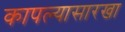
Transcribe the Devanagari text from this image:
कापल्यासारखा